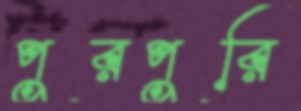
পুরপুরি